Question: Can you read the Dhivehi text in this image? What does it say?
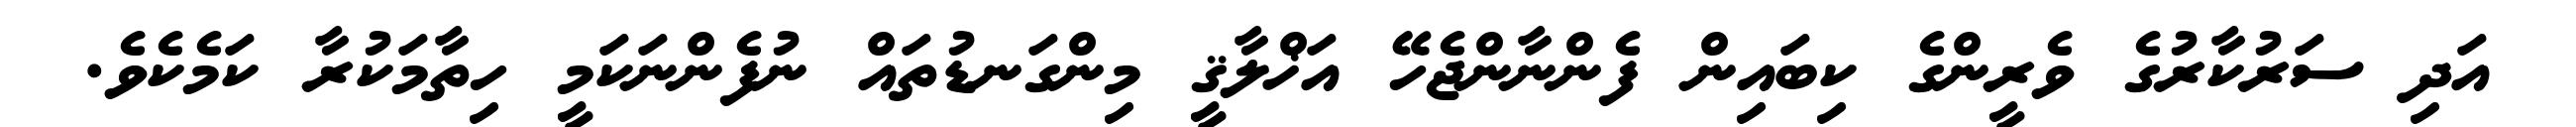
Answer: އަދި ސަރުކާރުގެ ވެރީންގެ ކިބައިން ފެންނާންޖެހޭ އަޚްލާޤީ މިންގަނޑުތައް ނުފެންނަކަމީ ހިތާމަކުރާ ކަމެކެވެ.